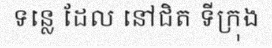
ទន្លេ ដែល នៅជិត ទីក្រុង